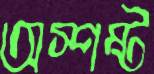
অস্পষ্ট